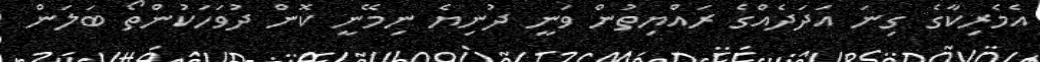
އެމެރިކާގެ ގިނަ އަދަދެއްގެ ރައްޔިތުން ވަނީ ދުނިޔެ ނިމޭނީ ކޮން ދުވަހަކުންތޯ ބަލަން